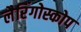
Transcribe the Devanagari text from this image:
लैरिंगोस्कोप